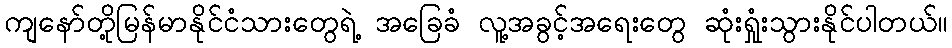
ကျနော်တို့မြန်မာနိုင်ငံသားတွေရဲ့ အခြေခံ လူ့အခွင့်အရေးတွေ ဆုံးရှုံးသွားနိုင်ပါတယ်။